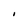
Character: I